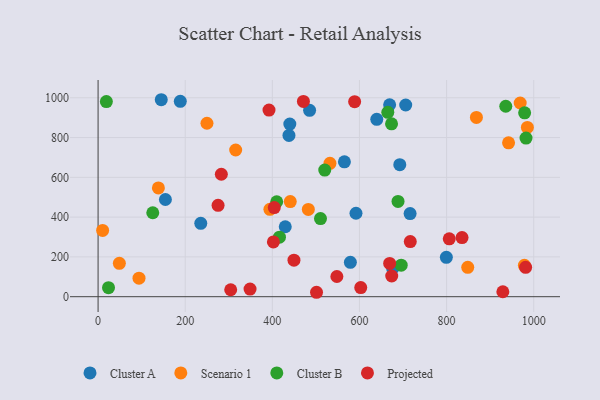
{"axis": {"x": "Price", "y": "Demand"}, "legend": ["Cluster A", "Cluster B", "Projected", "Scenario 1"], "data": [{"x": "799.4", "y": 197.7, "type": "Cluster A"}, {"x": "429.6", "y": 351.7, "type": "Cluster A"}, {"x": "669.2", "y": 964.9, "type": "Cluster A"}, {"x": "154.5", "y": 488.5, "type": "Cluster A"}, {"x": "565.4", "y": 677.9, "type": "Cluster A"}, {"x": "235.7", "y": 368.9, "type": "Cluster A"}, {"x": "716.2", "y": 417.8, "type": "Cluster A"}, {"x": "438.1", "y": 810.4, "type": "Cluster A"}, {"x": "639.7", "y": 891.8, "type": "Cluster A"}, {"x": "676.2", "y": 141.7, "type": "Cluster A"}, {"x": "579.1", "y": 172.8, "type": "Cluster A"}, {"x": "706.1", "y": 963.7, "type": "Cluster A"}, {"x": "692.5", "y": 663.8, "type": "Cluster A"}, {"x": "188.7", "y": 982.2, "type": "Cluster A"}, {"x": "440.1", "y": 867.8, "type": "Cluster A"}, {"x": "485.5", "y": 937.0, "type": "Cluster A"}, {"x": "592.0", "y": 419.4, "type": "Cluster A"}, {"x": "145.0", "y": 990.1, "type": "Cluster A"}, {"x": "315.8", "y": 737.4, "type": "Scenario 1"}, {"x": "138.4", "y": 546.7, "type": "Scenario 1"}, {"x": "868.4", "y": 900.9, "type": "Scenario 1"}, {"x": "968.9", "y": 973.6, "type": "Scenario 1"}, {"x": "978.5", "y": 157.8, "type": "Scenario 1"}, {"x": "942.2", "y": 773.5, "type": "Scenario 1"}, {"x": "93.9", "y": 93.2, "type": "Scenario 1"}, {"x": "48.8", "y": 167.7, "type": "Scenario 1"}, {"x": "532.2", "y": 670.2, "type": "Scenario 1"}, {"x": "10.4", "y": 333.1, "type": "Scenario 1"}, {"x": "482.6", "y": 438.9, "type": "Scenario 1"}, {"x": "441.1", "y": 477.9, "type": "Scenario 1"}, {"x": "848.5", "y": 147.5, "type": "Scenario 1"}, {"x": "985.4", "y": 850.7, "type": "Scenario 1"}, {"x": "249.9", "y": 871.8, "type": "Scenario 1"}, {"x": "394.4", "y": 439.3, "type": "Scenario 1"}, {"x": "979.1", "y": 924.1, "type": "Cluster B"}, {"x": "23.9", "y": 45.2, "type": "Cluster B"}, {"x": "688.5", "y": 479.1, "type": "Cluster B"}, {"x": "410.0", "y": 477.3, "type": "Cluster B"}, {"x": "125.5", "y": 422.0, "type": "Cluster B"}, {"x": "673.6", "y": 869.0, "type": "Cluster B"}, {"x": "665.0", "y": 926.9, "type": "Cluster B"}, {"x": "935.8", "y": 957.3, "type": "Cluster B"}, {"x": "982.3", "y": 797.4, "type": "Cluster B"}, {"x": "19.0", "y": 981.0, "type": "Cluster B"}, {"x": "510.5", "y": 392.8, "type": "Cluster B"}, {"x": "520.3", "y": 636.5, "type": "Cluster B"}, {"x": "416.3", "y": 299.2, "type": "Cluster B"}, {"x": "695.8", "y": 158.2, "type": "Cluster B"}, {"x": "392.3", "y": 938.2, "type": "Projected"}, {"x": "806.1", "y": 290.7, "type": "Projected"}, {"x": "501.4", "y": 22.2, "type": "Projected"}, {"x": "602.9", "y": 46.0, "type": "Projected"}, {"x": "348.8", "y": 38.5, "type": "Projected"}, {"x": "548.1", "y": 101.6, "type": "Projected"}, {"x": "275.4", "y": 459.2, "type": "Projected"}, {"x": "929.1", "y": 24.8, "type": "Projected"}, {"x": "471.3", "y": 981.8, "type": "Projected"}, {"x": "402.4", "y": 275.4, "type": "Projected"}, {"x": "981.4", "y": 147.6, "type": "Projected"}, {"x": "588.9", "y": 980.4, "type": "Projected"}, {"x": "449.6", "y": 183.5, "type": "Projected"}, {"x": "304.4", "y": 34.8, "type": "Projected"}, {"x": "835.4", "y": 297.4, "type": "Projected"}, {"x": "716.6", "y": 277.2, "type": "Projected"}, {"x": "669.3", "y": 167.2, "type": "Projected"}, {"x": "404.4", "y": 448.0, "type": "Projected"}, {"x": "282.9", "y": 615.6, "type": "Projected"}, {"x": "674.0", "y": 104.1, "type": "Projected"}]}